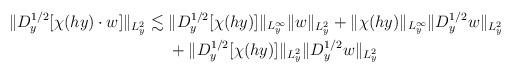
LaTeX: \begin{align*}\| D_y^{1/2}[\chi(hy) \cdot w]\|_{L_y^2} \lesssim \begin{aligned}[t]&\| D_y^{1/2}[\chi(hy)]\|_{L_y^\infty} \|w\|_{L_y^2} + \| \chi(hy) \|_{L_y^\infty} \| D_y^{1/2} w\|_{L_y^2} \\&+ \| D_y^{1/2}[\chi(hy)] \|_{L_y^2} \| D_y^{1/2} w \|_{L_y^2}\end{aligned}\end{align*}